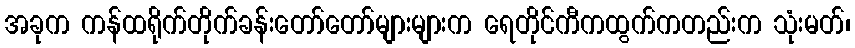
အခုက ကန်ထရိုက်တိုက်ခန်းတော်တော်များများက ရေတိုင်ကီကထွက်ကတည်းက သုံးမတ်၊